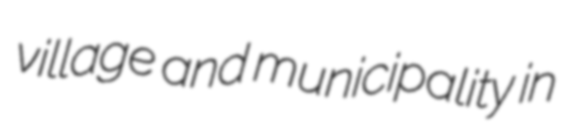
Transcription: village and municipality in